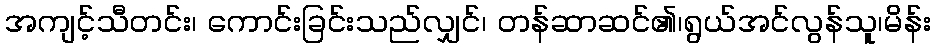
အကျင့်သီတင်း၊ ကောင်းခြင်းသည်လျှင်၊ တန်ဆာဆင်၏၊ရွယ်အင်လွန်သူ၊မိန်း